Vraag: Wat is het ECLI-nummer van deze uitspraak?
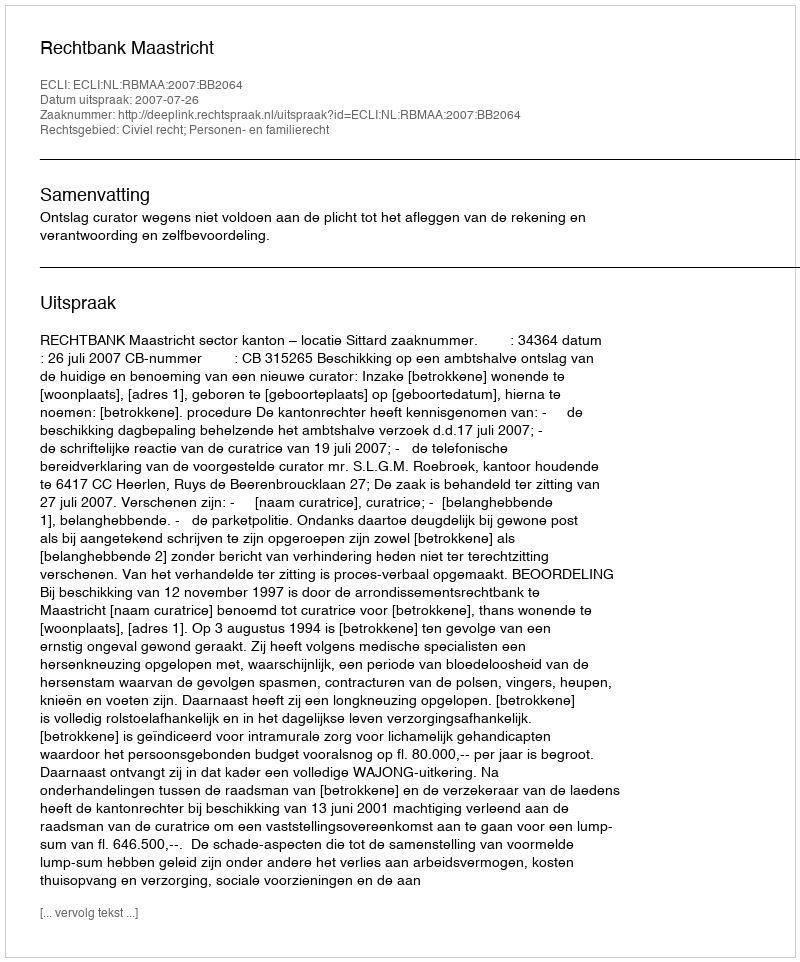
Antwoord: ECLI:NL:RBMAA:2007:BB2064